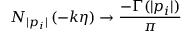
N _ { | p _ { i } | } \left( - k \eta \right) \to \frac { - \Gamma ( | p _ { i } | ) } { \pi }